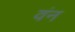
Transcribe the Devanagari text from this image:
वंन